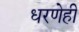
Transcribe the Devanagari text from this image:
धरणेही